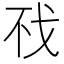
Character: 𰒤